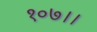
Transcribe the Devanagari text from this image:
१०७।।